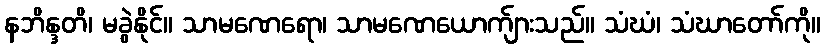
နဘိန္ဒတိ၊ မခွဲနိုင်။ သာမဏေရော၊ သာမဏေယောက်ျားသည်။ သံဃံ၊ သံဃာတော်ကို။